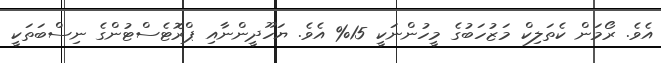
އެވެ. ރޯމަން ކެތަލިކް މަޒުހަބުގެ މީހުންނަކީ 15% އެވެ. ޔަހޫދީންނާއި ޕްރޮޓެސްޓުންގެ ނިސްބަތަކީ